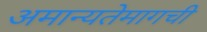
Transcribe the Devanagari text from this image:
अमान्यतेमागची